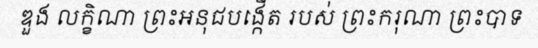
ឌួង លក្ខិណា ព្រះអនុជបង្កើត របស់ ព្រះករុណា ព្រះបាទ